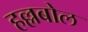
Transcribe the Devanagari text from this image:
हल्लबोल